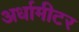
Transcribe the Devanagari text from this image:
अर्धामीटर